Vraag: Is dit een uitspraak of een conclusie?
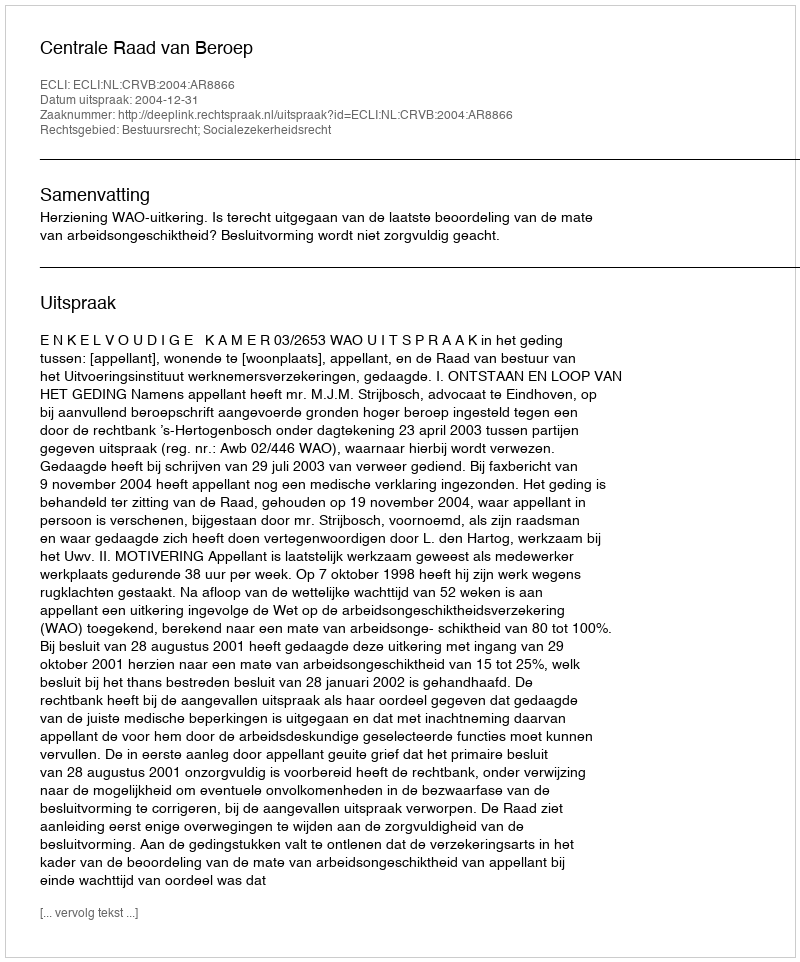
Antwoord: Uitspraak